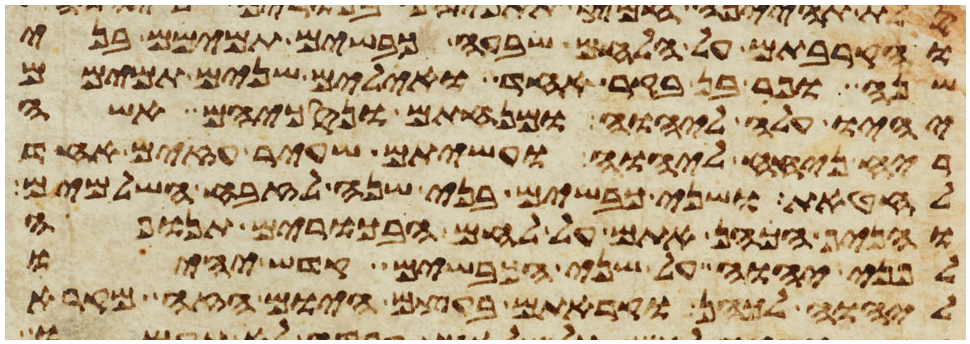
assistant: והקרבתם על הלחם שבעה כבשים תמימם בני
שנה ופר בן בקר אחד ואילים שנים תמימם
יהיו עלה ליהוה ומנחתם ונסכיהם אשה
ריח ניחח ליהוה ועשיתם שעיר עזים אחד
לחטאת ושני כבשים בני שנה לזבח השלמים
והניף הכהן אתם על לחם הבכורים תנופה
לפני יהוה על שני הכבשים קדש יהיו
ליהוה לכהן וקראתם בעצם היום הזה מקרא